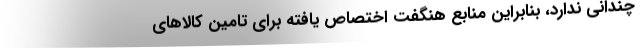
چندانی ندارد، بنابراین منابع هنگفت اختصاص یافته برای تامین کالاهای